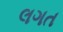
લગત